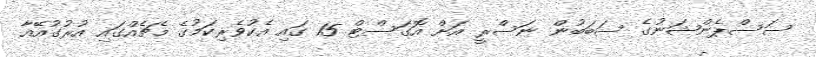
ސަސްޕެންޝަނުގެ ސަބަބުން ނަސްރީ އަށް އޮގަސްޓް 15 ގައި އެކުވެރިކަމުގެ މެޗެއްގައި އުރުގުއޭއާ